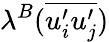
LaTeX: \lambda^{B}(\overline{{u_{i}^{\prime}u_{j}^{\prime}}})